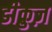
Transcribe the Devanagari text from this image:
डीक्रुज़